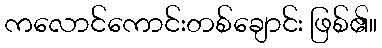
ကလောင်ကောင်းတစ်ချောင်း ဖြစ်၏။